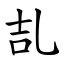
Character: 㐖